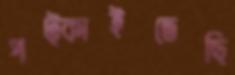
পট্‌কাইতেছি